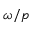
\omega / p